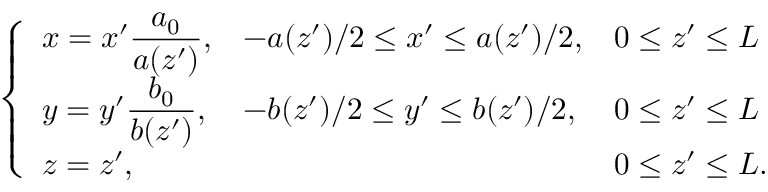
\left\{ \begin{array} { l l l } { \displaystyle x = x ^ { \prime } \frac { a _ { 0 } } { a ( z ^ { \prime } ) } , } & { - a ( z ^ { \prime } ) / 2 \le x ^ { \prime } \le a ( z ^ { \prime } ) / 2 , } & { 0 \leq z ^ { \prime } \leq L } \\ { \displaystyle y = y ^ { \prime } \frac { b _ { 0 } } { b ( z ^ { \prime } ) } , } & { - b ( z ^ { \prime } ) / 2 \le y ^ { \prime } \le b ( z ^ { \prime } ) / 2 , } & { 0 \leq z ^ { \prime } \leq L } \\ { z = z ^ { \prime } , } & & { 0 \leq z ^ { \prime } \leq L . } \end{array} \right.